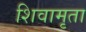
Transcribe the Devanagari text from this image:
शिवामृता